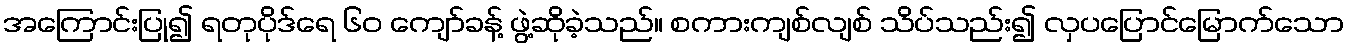
အကြောင်းပြု၍ ရတုပိုဒ်ရေ ၆၀ ကျော်ခန့် ဖွဲ့ဆိုခဲ့သည်။ စကားကျစ်လျစ် သိပ်သည်း၍ လှပပြောင်မြောက်သော